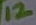
Text: 12